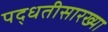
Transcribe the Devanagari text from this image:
पद्धतीसारख्या